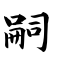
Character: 嗣